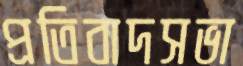
প্রতিবাদসভা